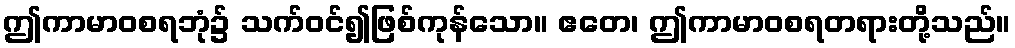
ဤကာမာဝစရဘုံ၌ သက်ဝင်၍ဖြစ်ကုန်သော။ ဧတေ၊ ဤကာမာဝစရတရားတို့သည်။